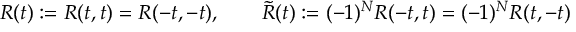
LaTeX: R ( t ) : = R ( t , t ) = R ( - t , - t ) , \qquad \tilde { R } ( t ) : = ( - 1 ) ^ { N } R ( - t , t ) = ( - 1 ) ^ { N } R ( t , - t )